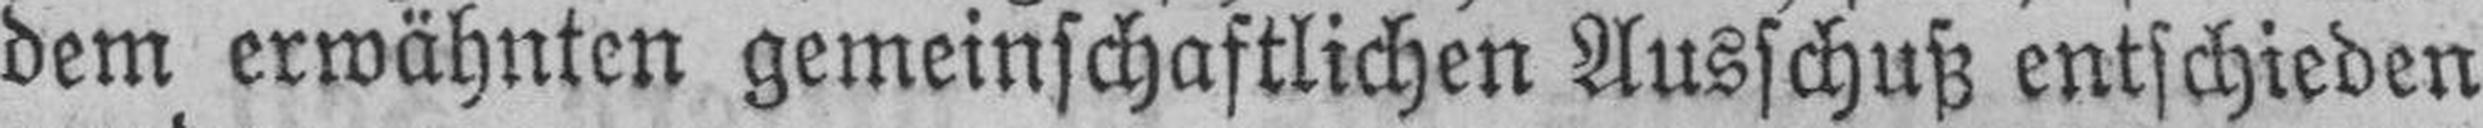
dem erwähnten gemeinschaftlichen Ausschuß entschieden